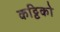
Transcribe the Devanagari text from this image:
कट्टिको